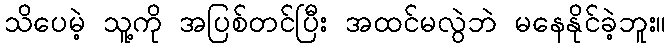
သိပေမဲ့ သူ့ကို အပြစ်တင်ပြီး အထင်မလွဲဘဲ မနေနိုင်ခဲ့ဘူး။